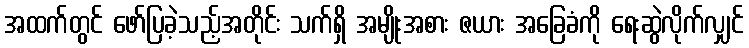
အထက်တွင် ဖော်ပြခဲ့သည့်အတိုင်း သက်ရှိ အမျိုးအစား ဇယား အခြေခံကို ရေးဆွဲလိုက်လျှင်